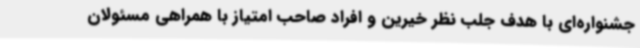
جشنواره‌ای با هدف جلب نظر خیرین و افراد صاحب امتیاز با همراهی مسئولان